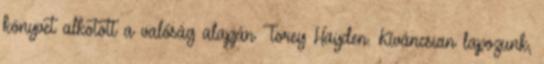
könyvet alkotott a valóság alapján Torey Hayden. Kíváncsian lapozunk,